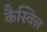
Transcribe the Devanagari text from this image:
कैस्विल